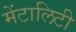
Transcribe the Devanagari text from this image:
मेंटालिटी